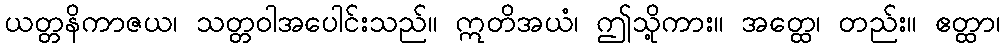
ယတ္တနိကာဇယ၊ သတ္တဝါအပေါင်းသည်။ ဣတိအယံ၊ ဤသို့ကား။ အတ္ထေ၊ တည်း။ ဧတ္ထာ၊